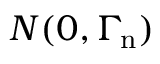
{ \cal N } ( 0 , \ensuremath { \boldsymbol \Gamma _ { \! \mathrm { { n } } } } )